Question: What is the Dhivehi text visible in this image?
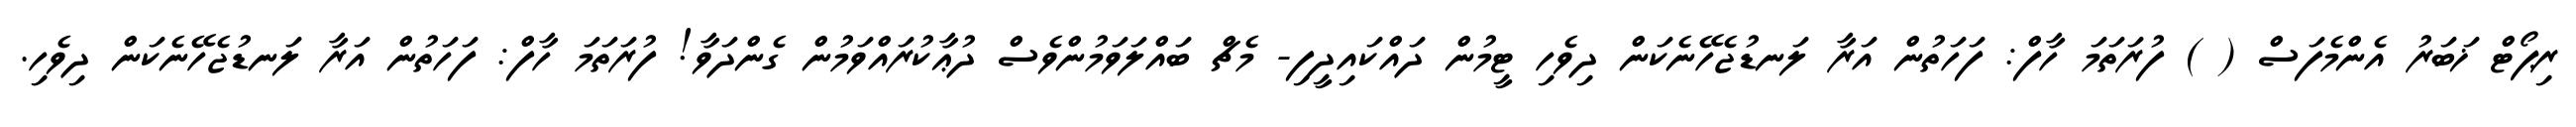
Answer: ރިޕޯޓް ޚަބަރު އެންމެފަސް ( ) ފުރަތަމަ ހާފް: ފަހަތުން އަރާ ލަނޑުޖެހޭނެކަން ދިވެހި ޓީމުން ދައްކައިދީފި- މެޗް ބައްލަވަމުންވެސް ދުޢާކުރައްވަމުން ގެންދަވާ! ފުރަތަމަ ހާފް: ފަހަތުން އަރާ ލަނޑުޖެހޭނެކަން ދިވެހި.